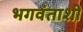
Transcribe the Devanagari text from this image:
भगवंताशी